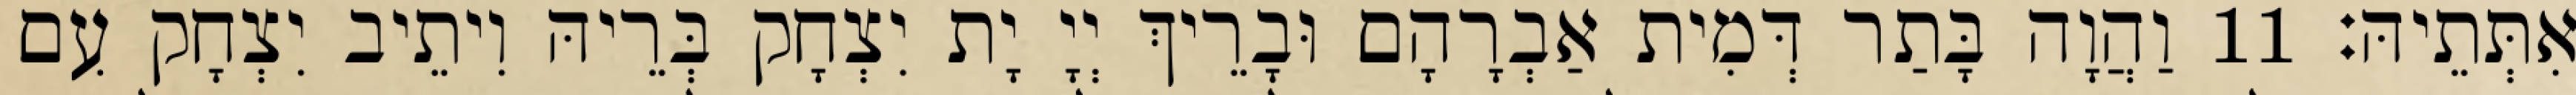
אִתְּתֵיהּ׃ 11 וַהֲוָה בָּתַר דְּמִית אַבְרָהָם וּבָרֵיךְ יְיָ יָת יִצְחָק בְּרֵיהּ וִיתֵיב יִצְחָק עִם